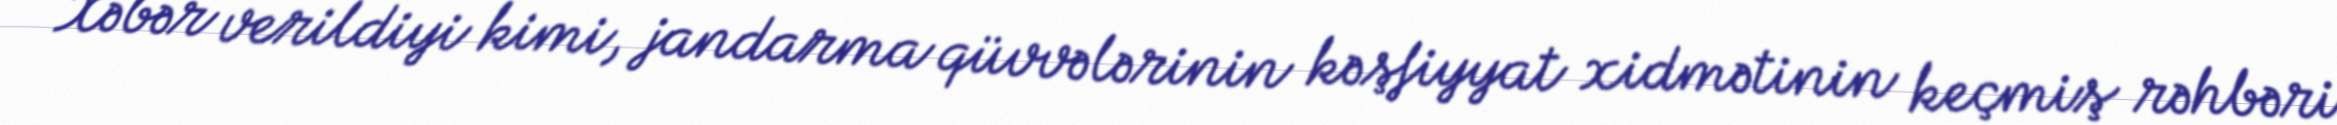
Xəbər verildiyi kimi, jandarma qüvvələrinin kəşfiyyat xidmətinin keçmiş rəhbəri